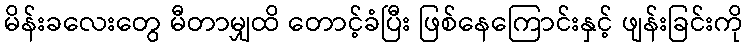
မိန်းခလေးတွေ မီတာမျှထိ တောင့်ခံပြီး ဖြစ်နေကြောင်းနှင့် ဖျန်းခြင်းကို